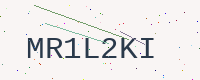
Text: MR1L2KI